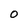
Character: 0